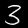
Label: 3